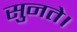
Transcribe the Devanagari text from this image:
सुनते।